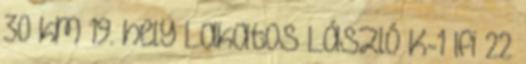
30 km 19. hely Lakatos László K-1 Ifi 22